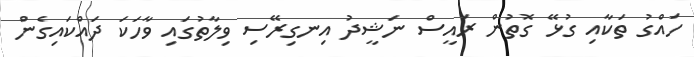
ހައްގު ތަކާއި ގުޅޭ ގޮތުން ރައީސް ނަޝީދު އިނގިރޭސި ވިލާތުގައި ވާހަކަ ދައްކައިގެން